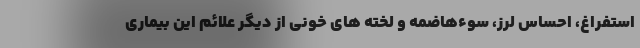
استفراغ، احساس لرز، سوءهاضمه و لخته های خونی از دیگر علائم این بیماری